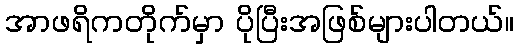
အာဖရိကတိုက်မှာ ပိုပြီးအဖြစ်များပါတယ်။